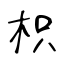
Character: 枳